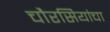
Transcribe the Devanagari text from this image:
चौरसियांचा